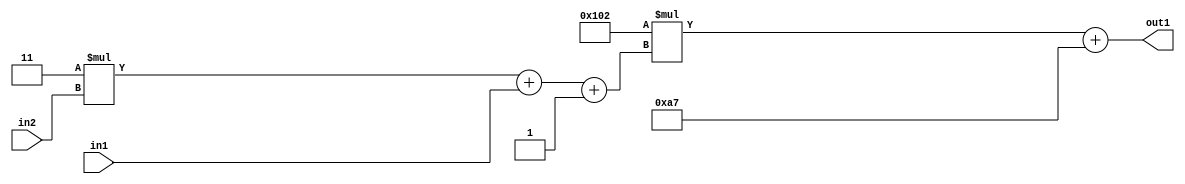
`timescale 1ps / 1ps
/*****************************************************************************
    Verilog RTL Description
    
    
    Created by: Stratus DpOpt 2019.1.01 
*******************************************************************************/

module DC_Filter_Add2i167Mul2i258Add3i1u1Mul2i3u2_4 (
	in2,
	in1,
	out1
	); /* architecture "behavioural" */ 
input [1:0] in2;
input  in1;
output [11:0] out1;
wire [11:0] asc001;
wire [3:0] asc002;

wire [3:0] asc002_tmp_0;
wire [3:0] asc002_tmp_1;
assign asc002_tmp_1 = 
	+(4'B0011 * in2);
assign asc002_tmp_0 = asc002_tmp_1
	+(in1);
assign asc002 = asc002_tmp_0
	+(4'B0001);

wire [11:0] asc001_tmp_2;
assign asc001_tmp_2 = 
	+(12'B000100000010 * asc002);
assign asc001 = asc001_tmp_2
	+(12'B000010100111);

assign out1 = asc001;
endmodule

/* CADENCE  vrTyTAE= : u9/ySgnWtBlWxVPRXgAZ4Og= ** DO NOT EDIT THIS LINE ******/